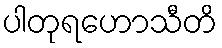
ပါတုရဟောသီတိ